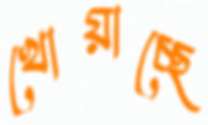
খোয়াচ্ছে